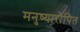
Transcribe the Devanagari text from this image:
मनुष्यारोपित